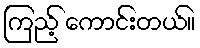
ကြည့် ကောင်းတယ်။